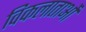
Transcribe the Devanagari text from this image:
विकलाताओं